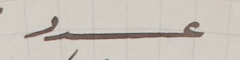
عدد